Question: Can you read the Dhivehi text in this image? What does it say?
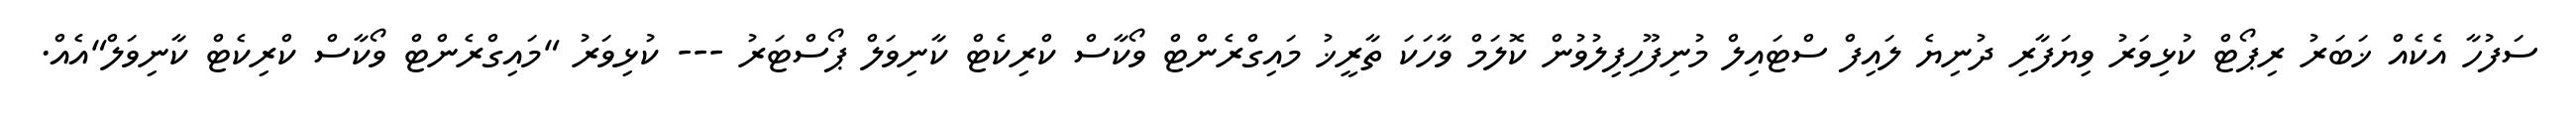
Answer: ސަފުހާ އެކެއް ޚަބަރު ރިޕޯޓް ކުޅިވަރު ވިޔަފާރި ދުނިޔެ ލައިފް ސްޓައިލް މުނިފޫހިފިލުވުން ކޮލަމް ވާހަކަ ތާރީޚު މައިގްރެންޓް ވޯކާސް ކްރިކެޓް ކާނިވަލް ޕޯސްޓަރު --- ކުޅިވަރު "މައިގްރެންޓް ވޯކާސް ކްރިކެޓް ކާނިވަލް"އެއް.